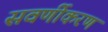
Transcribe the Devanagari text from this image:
सवर्णीकरण